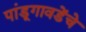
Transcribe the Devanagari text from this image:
पांडूगावडेंचे